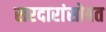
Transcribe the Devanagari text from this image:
सरदारांसोबत